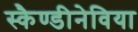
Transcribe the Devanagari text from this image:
स्कैण्डीनेविया